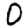
Digit: 0